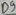
Text: D9